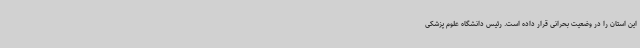
این استان را در وضعیت بحرانی قرار داده است. رئیس دانشگاه علوم پزشکی